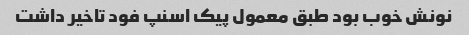
نونش خوب بود طبق معمول پیک اسنپ فود تاخیر داشت